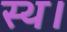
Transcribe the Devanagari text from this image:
स्थ।